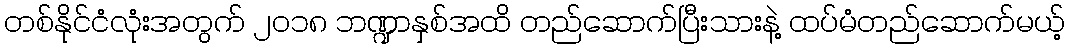
တစ်နိုင်ငံလုံးအတွက် ၂၀၁၈ ဘဏ္ဍာနှစ်အထိ တည်ဆောက်ပြီးသားနဲ့ ထပ်မံတည်ဆောက်မယ့်